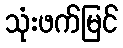
သုံးဖက်မြင်